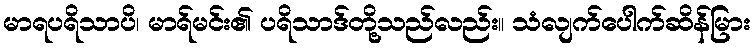
မာရပရိသာပိ၊ မာရ်မင်း၏ ပရိသာဒ်တို့သည်လည်း။ သံလျက်ပေါက်ဆိန်မြား